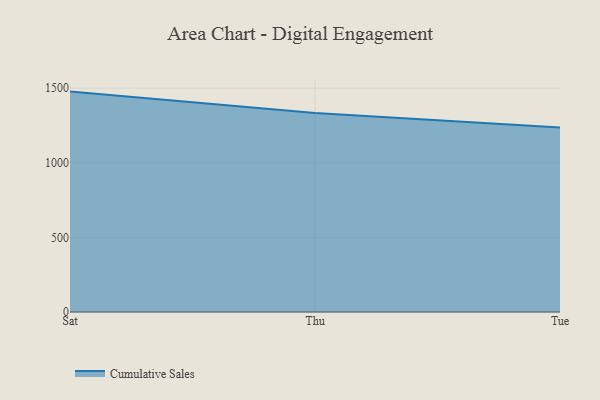
{"axis": {"x": "Day", "y": "Churn Rate (%)"}, "legend": ["Cumulative Sales"], "data": [{"x": "Sat", "y": 1476.6, "type": "Cumulative Sales"}, {"x": "Thu", "y": 1333.5, "type": "Cumulative Sales"}, {"x": "Tue", "y": 1236.8, "type": "Cumulative Sales"}]}